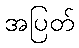
အပြတ်